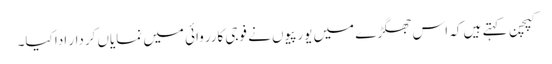
کپچن کہتے ہیں کہ اس جھگڑے میں یورپیوں نے فوجی کارروائی میں نمایاں کردار ادا کیا۔